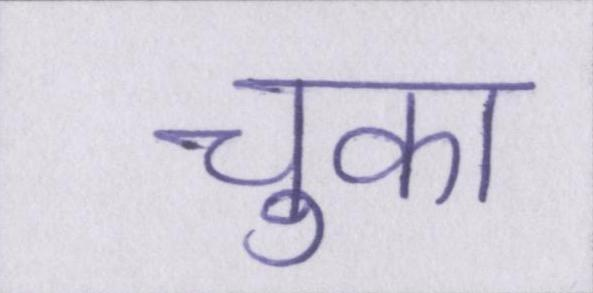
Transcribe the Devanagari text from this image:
चुका